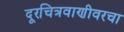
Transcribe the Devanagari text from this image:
दूरचित्रवाणीवरचा